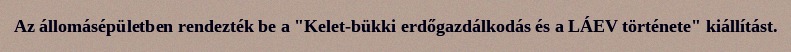
Az állomásépületben rendezték be a "Kelet-bükki erdőgazdálkodás és a LÁEV története" kiállítást.